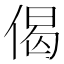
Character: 偈